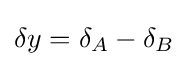
\delta y=\delta _{A}-\delta _{B}